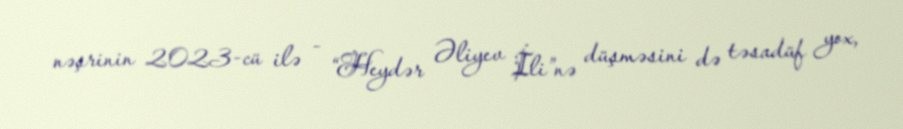
nəşrinin 2023-cü ilə - “Heydər Əliyev İli”nə düşməsini də təsadüf yox,